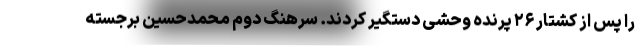
را پس از کشتار ۲۶ پرنده وحشی دستگیر کردند. سرهنگ دوم محمدحسین برجسته